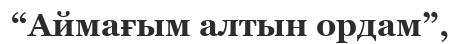
“Аймағым алтын ордам”,